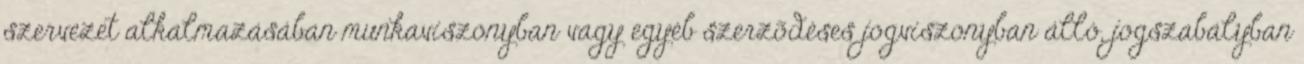
szervezet alkalmazásában munkaviszonyban vagy egyéb szerzõdéses jogviszonyban álló, jogszabályban